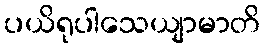
ပယိရုပါသေယျာမာတိ